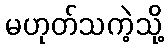
မဟုတ်သကဲ့သို့